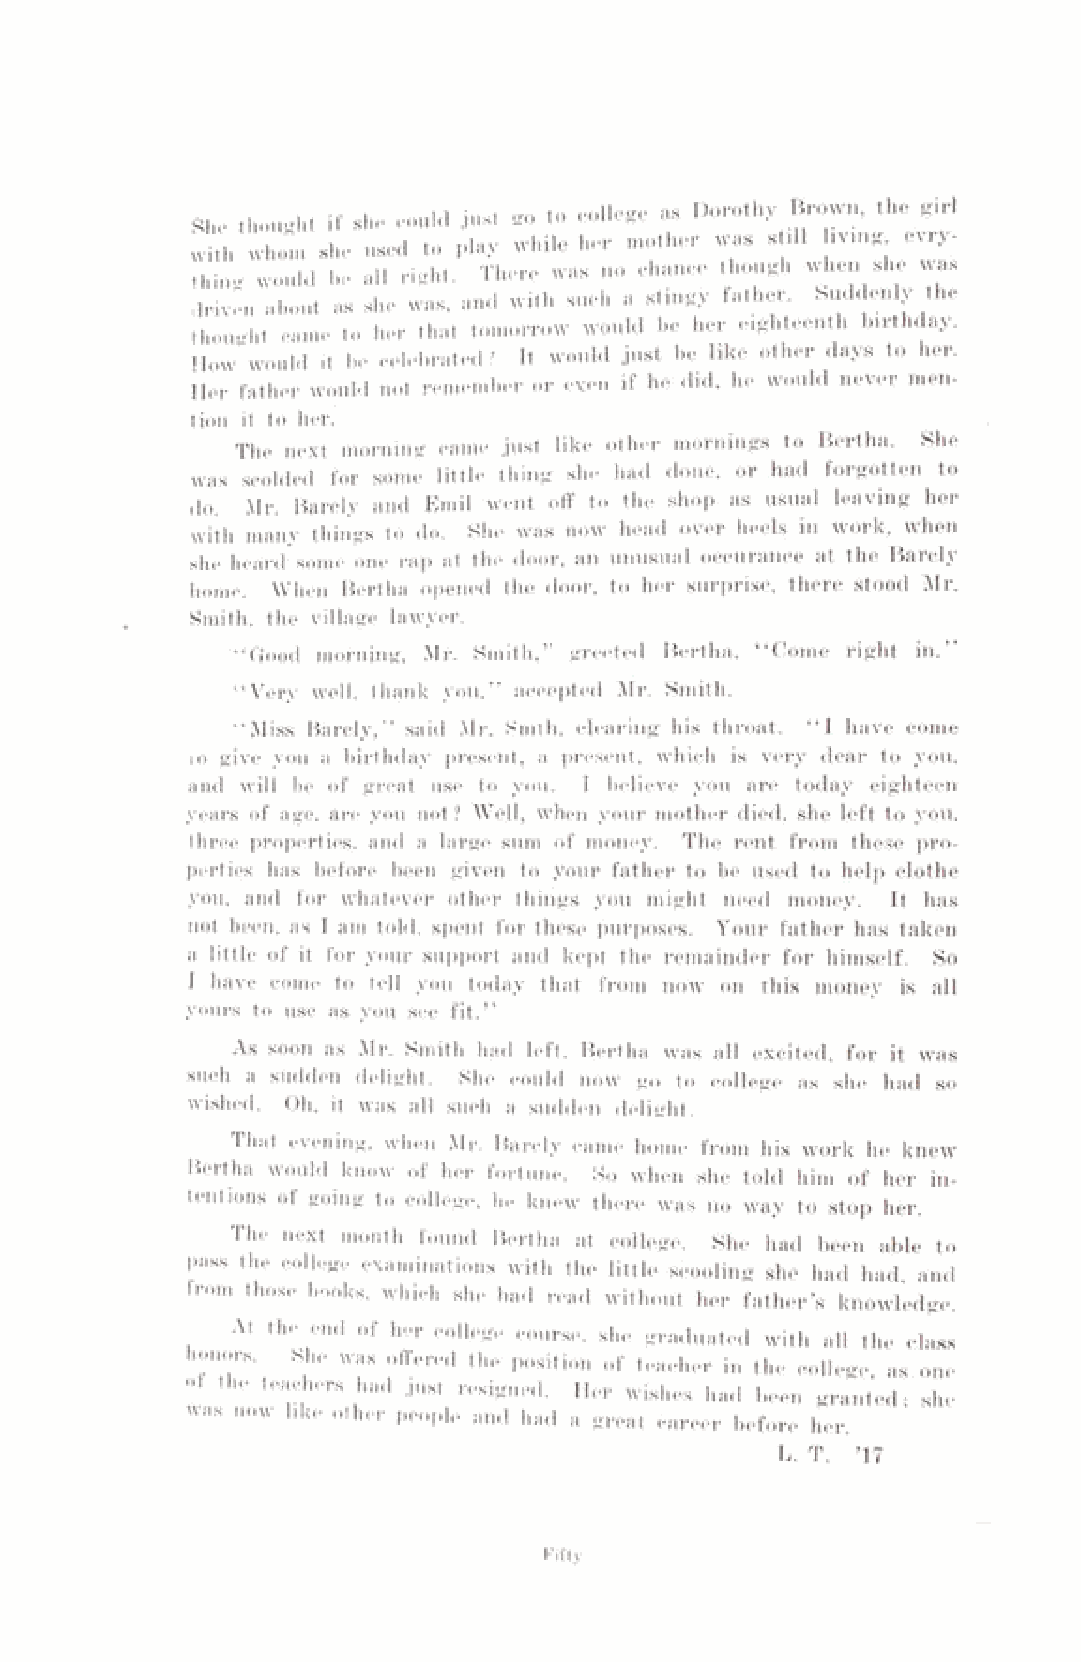
She thought if she could Just go to college as Dorothy Brown, the girl
 with whom she used to play while her mother was still living evry-
 thino- would be all right. There was no chance though when she was
 driven about as she was, and with such a stingy father. Suddenly the
 thought came to her that tomorrow would be her eighteenth birthday.
 How would it be celebrated? It would just be like other days to her.
 Her father would not remember or even if he did, he would never men­
 tion it to her.
 The next morning came just like other mornings to Bertha. She
 was scolded for some little thing she had done, or had forgotten to
 do. Mr. Barely and Emil went off to the shop as usual leaving her
 with many things to do. She was now head over heels in work, when
 she heard some one rap at the door, an unusual occurance at the Barely
 home. When Bertha opened the door, to her surprise, there stood Mr.
 Smith, the village lawyer.
 “ Good morning, Mr. Smith,’’ greeted Bertha, “ Come right in.
 “Very well, thank you,” accepted Mr. Smith.
 “Miss Barely,” said Mr. Smth. clearing his throat. “ I have come
 to give you a birthday present, a present, which is very dear to you,
 and will be of great use to you. I believe you are today eighteen
 years of age, are you not? Well, when your mother died, she left to you,
 three properties, and a large sum of money. The rent from these pro­
 perties has before been given to your father to be used to help clothe
 you, and for whatever other things you might need money. It has
 not been, as I am told, spent for these purposes. Your father has taken
 a little of it for your support and kept the remainder for himself. So
 I have come to tell you today that from now on this money is all
 yours to use as you see fit.”
 As soon as Mr. Smith had left. Bertha was all excited, for it was
 such a sudden delight. She could now go to college as she had so
 wished. Oh, it was all such a sudden delight.
 evening, when Mr. Barely came home from his work he knew
 Bertha would know of her fortune. So when she told him of her in­
 tentions of going to college, he knew there was no way to stop her.
 The next month found Bertha at college. She had been able to
 pass the college examinations with the little scooling she had had, and
 from those books, which she had read without her father’s knowledge.
 At the end of her college course, she graduated with all the class
 honors. She was offered the position of teacher in the college as one
 of the teachers had just resigned. Her wishes had been granted- she
 was now Idee other people and had a great career before her.
 L. T. ’17
 Fifty